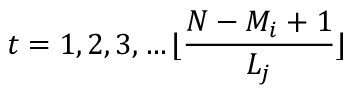
t = 1 , 2 , 3 , \dots \lfloor \frac { N - M _ { i } + 1 } { L _ { j } } \rfloor